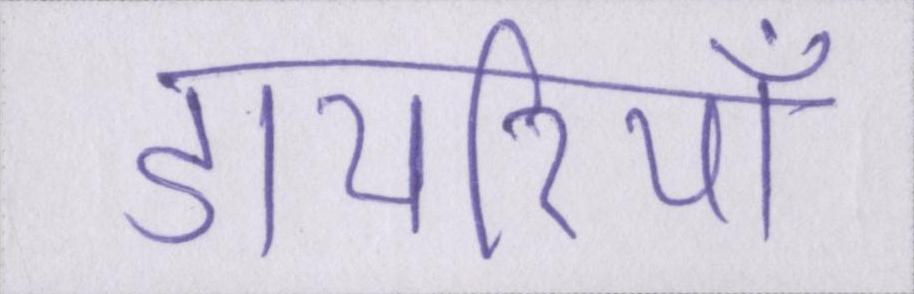
डायरियाँ